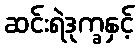
ဆင်းရဲဒုက္ခနှင့်